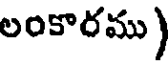
లంకారము)